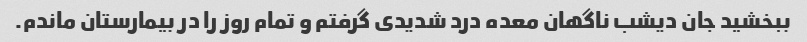
ببخشید جان دیشب ناگهان معده درد شدیدی گرفتم و تمام روز را در بیمارستان ماندم.